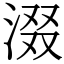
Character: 涰